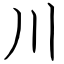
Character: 川